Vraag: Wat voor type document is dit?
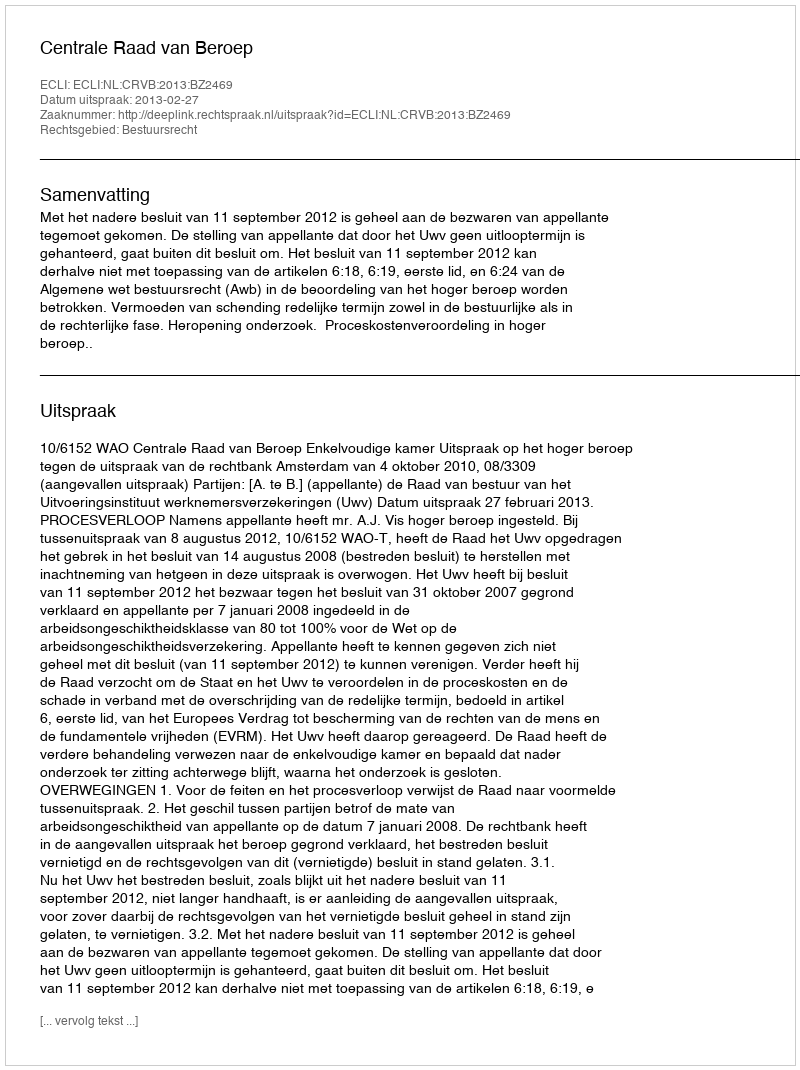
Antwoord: Uitspraak